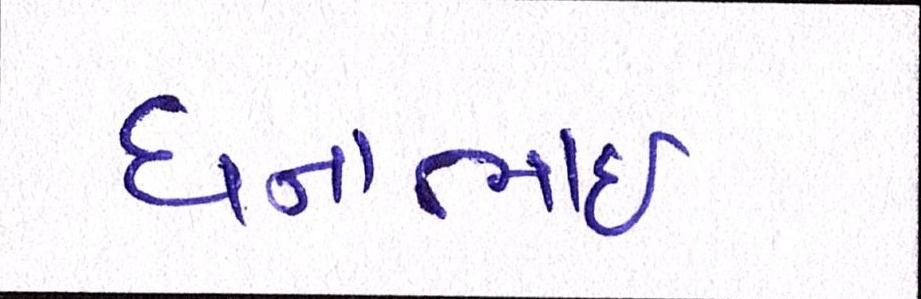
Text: ધનાભાઇ